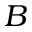
B